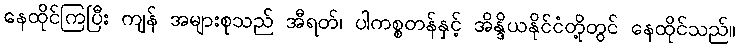
နေထိုင်ကြပြီး ကျန် အများစုသည် အီရတ်၊ ပါကစ္စတန်နှင့် အိန္ဒိယနိုင်ငံတို့တွင် နေထိုင်သည်။